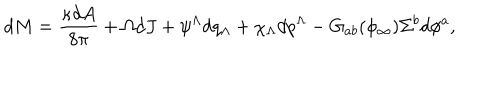
LaTeX: d M = { \frac { \kappa d A } { 8 \pi } } + \Omega d J + \psi ^ { \Lambda } d q _ { \Lambda } + \chi _ { \Lambda } d p ^ { \Lambda } - G _ { a b } ( \phi _ { \infty } ) \Sigma ^ { b } d \phi ^ { a } ,